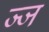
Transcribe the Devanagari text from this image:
ज्ज